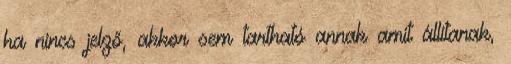
ha nincs jelző, akkor sem tartható annak amit állítanak,